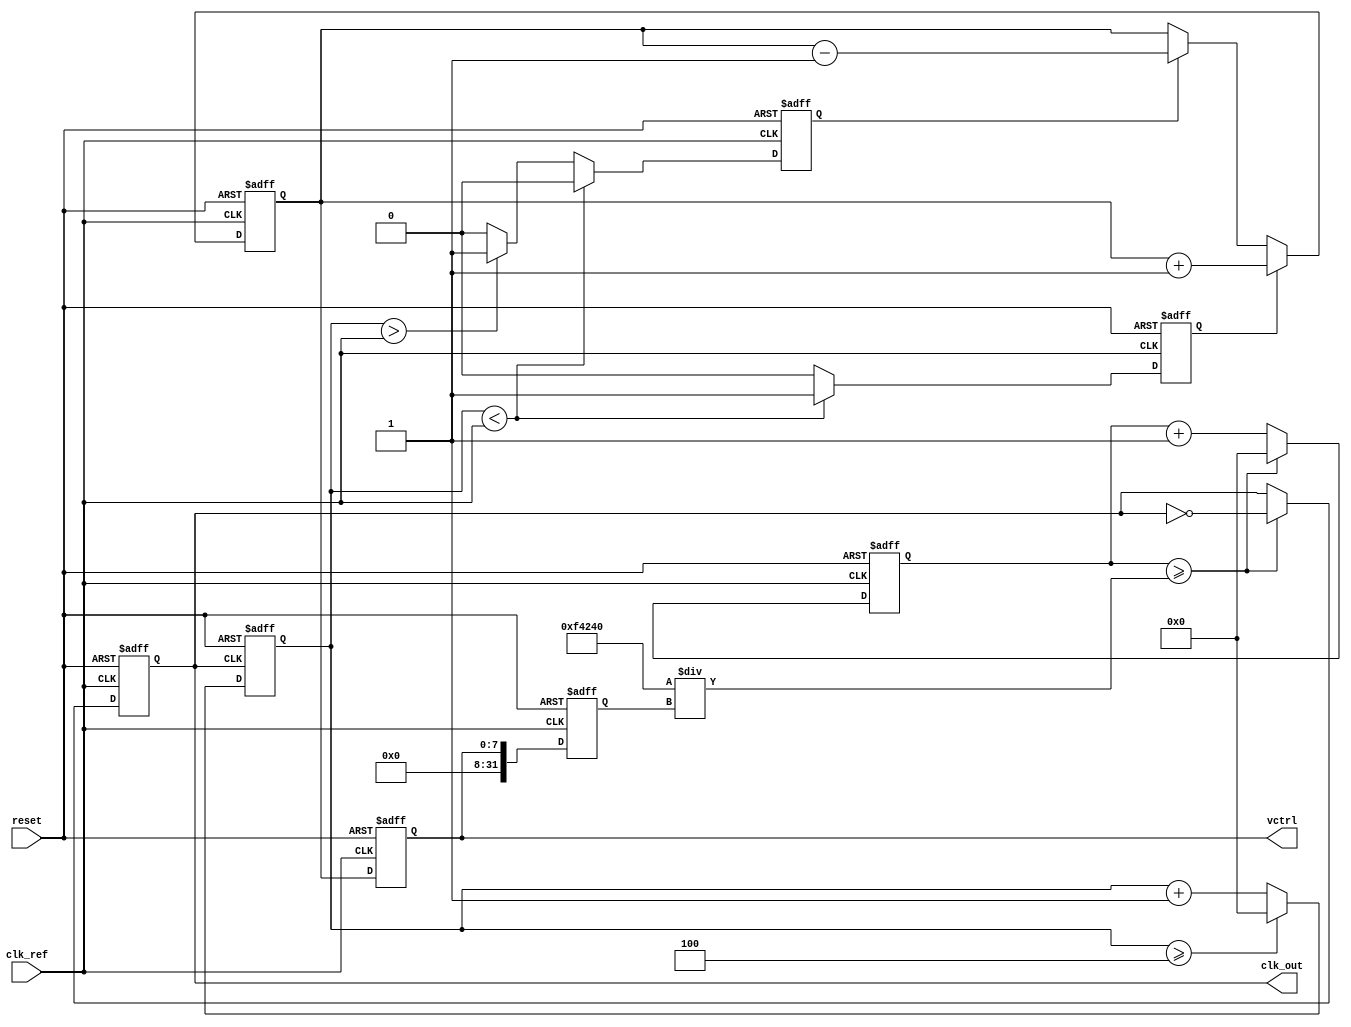
module frac_n_pll (
    input wire clk_ref,          // Reference clock input
    input wire reset,            // Reset signal
    output reg clk_out,          // Output clock signal
    output reg [7:0] vctrl       // Control voltage (for VCO tuning)
);

    // Parameters for the PLL
    parameter N = 4;             // Integer division factor
    parameter M = 3;             // Fractional division factor
    parameter LOOP_FILTER_SIZE = 8; // Size of the loop filter

    // Internal signals
    reg [LOOP_FILTER_SIZE-1:0] charge_pump_out; // Output from charge pump
    reg [31:0] vco_frequency;    // VCO frequency
    reg [31:0] feedback_div;      // Feedback divider output
    reg [31:0] phase_error;       // Phase error signal
    reg [31:0] counter;           // Counter for VCO frequency generation
    reg pfd_up, pfd_down;         // PFD outputs

    // Phase Frequency Detector (PFD)
    always @(posedge clk_ref or posedge reset) begin
        if (reset) begin
            pfd_up <= 0;
            pfd_down <= 0;
        end else begin
            // PFD logic (simplified)
            if (feedback_div < clk_ref) begin
                pfd_up <= 1;
                pfd_down <= 0;
            end else if (feedback_div > clk_ref) begin
                pfd_up <= 0;
                pfd_down <= 1;
            end else begin
                pfd_up <= 0;
                pfd_down <= 0;
            end
        end
    end

    // Charge Pump
    always @(posedge clk_ref or posedge reset) begin
        if (reset) begin
            charge_pump_out <= 0;
        end else begin
            if (pfd_up) begin
                charge_pump_out <= charge_pump_out + 1; // Increase control voltage
            end else if (pfd_down) begin
                charge_pump_out <= charge_pump_out - 1; // Decrease control voltage
            end
        end
    end

    // Loop Filter (simplified)
    always @(posedge clk_ref or posedge reset) begin
        if (reset) begin
            vctrl <= 0;
        end else begin
            // Simple RC filter approximation
            vctrl <= charge_pump_out; // Directly using charge pump output
        end
    end

    // Voltage-Controlled Oscillator (VCO)
    always @(posedge clk_ref or posedge reset) begin
        if (reset) begin
            vco_frequency <= 0;
            counter <= 0;
            clk_out <= 0;
        end else begin
            // VCO frequency tuning based on vctrl
            vco_frequency <= vctrl; // Simplified frequency tuning
            counter <= counter + 1;

            // Generate output clock based on VCO frequency
            if (counter >= (1000000 / vco_frequency)) begin // Adjust this for desired frequency
                clk_out <= ~clk_out; // Toggle output clock
                counter <= 0;
            end
        end
    end

    // Frequency Divider
    always @(posedge clk_out or posedge reset) begin
        if (reset) begin
            feedback_div <= 0;
        end else begin
            feedback_div <= feedback_div + 1; // Increment feedback divider
            if (feedback_div >= N) begin
                feedback_div <= 0; // Reset after reaching N
            end
        end
    end

endmodule